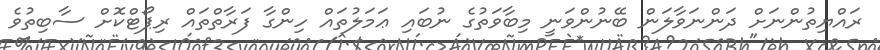
ރައްޔިތުންނަށް ދަންނަވާލަން ބޭނުންވަނީ މިބާވަތުގެ ނުބައި ޢަމަލުތައް ހިންގާ ފަރާތްތައް ރިޕޯޓްކޮށް ސާބިތުވެ